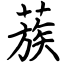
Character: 蔟